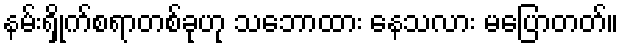
နမ်းရှိုက်စရာတစ်ခုဟု သဘောထား နေသလား မပြောတတ်။